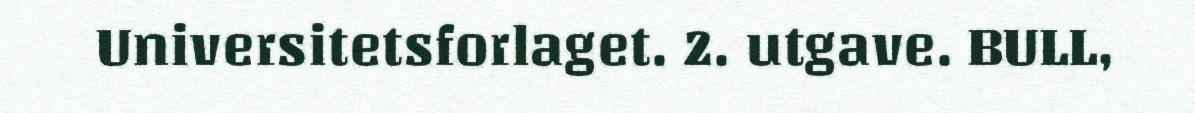
Universitetsforlaget. 2. utgave. BULL,